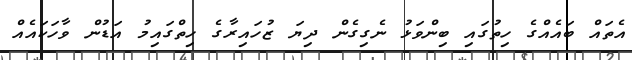
އެތައް ބައެއްގެ ހިތުގައި ބިންވަޅު ނެގިގެން ދިޔަ ޒުހައިރާގެ ހިތްގައިމު އަޑުން ވާހަކައެއް